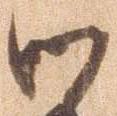
御